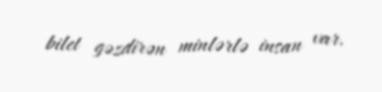
bilet gəzdirən minlərlə insan var.